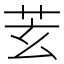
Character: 𦬾